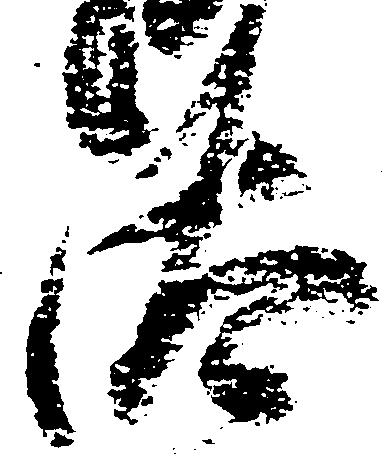
汰